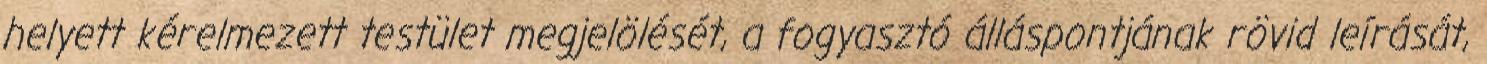
helyett kérelmezett testület megjelölését, a fogyasztó álláspontjának rövid leírását,